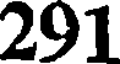
291